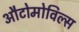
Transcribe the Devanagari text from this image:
औटोमोविल्स